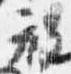
程